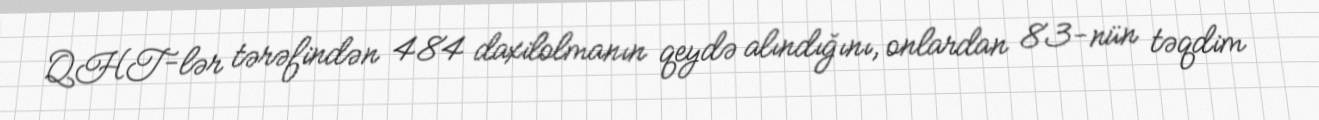
QHT-lər tərəfindən 484 daxilolmanın qeydə alındığını, onlardan 83-nün təqdim